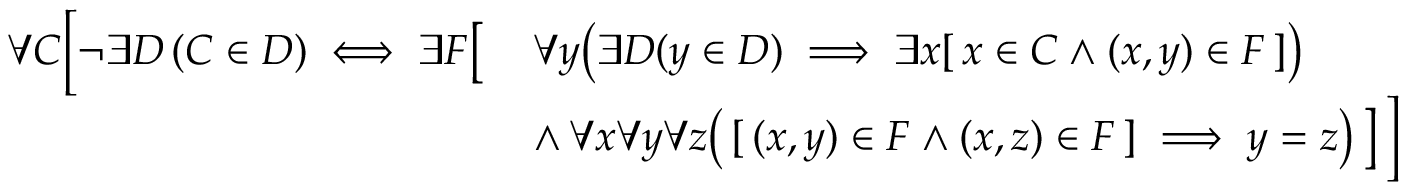
{ \begin{array} { r l } { \forall C { \Bigl [ } \lnot \exists D \left( C \in D \right) \iff \exists F { \bigl [ } } & { \, \forall y { \bigl ( } \exists D ( y \in D ) \implies \exists x [ \, x \in C \land ( x , y ) \in F \, ] { \bigr ) } } \\ & { \, \land \, \forall x \forall y \forall z { \bigl ( } \, [ \, ( x , y ) \in F \land ( x , z ) \in F \, ] \implies y = z { \bigr ) } \, { \bigr ] } \, { \Bigr ] } } \end{array} }